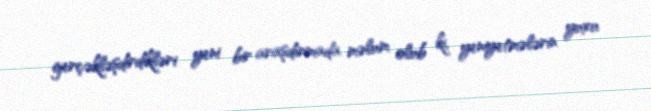
gerçəkləşdirdikləri yeni bir araşdırmada məlum olub ki, yeniyetmələrin yuxu